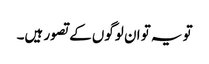
تو یہ تو ان لوگوں کے تصور ہیں۔